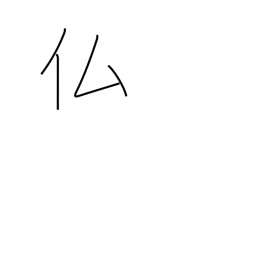
Meaning: France